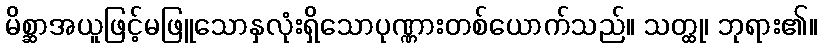
မိစ္ဆာအယူဖြင့်မဖြူသောနှလုံးရှိသောပုဏ္ဏားတစ်ယောက်သည်။ သတ္ထု၊ ဘုရား၏။